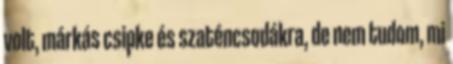
volt, márkás csipke és szaténcsodákra, de nem tudom, mi